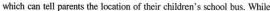
which can tell parents the location of their children's school bus. While